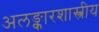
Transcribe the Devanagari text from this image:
अलङ्कारशास्त्रीय